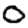
Digit: 0